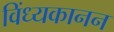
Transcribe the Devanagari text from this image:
विंध्यकानन